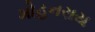
મોહનરાય